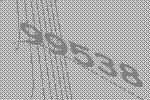
99538